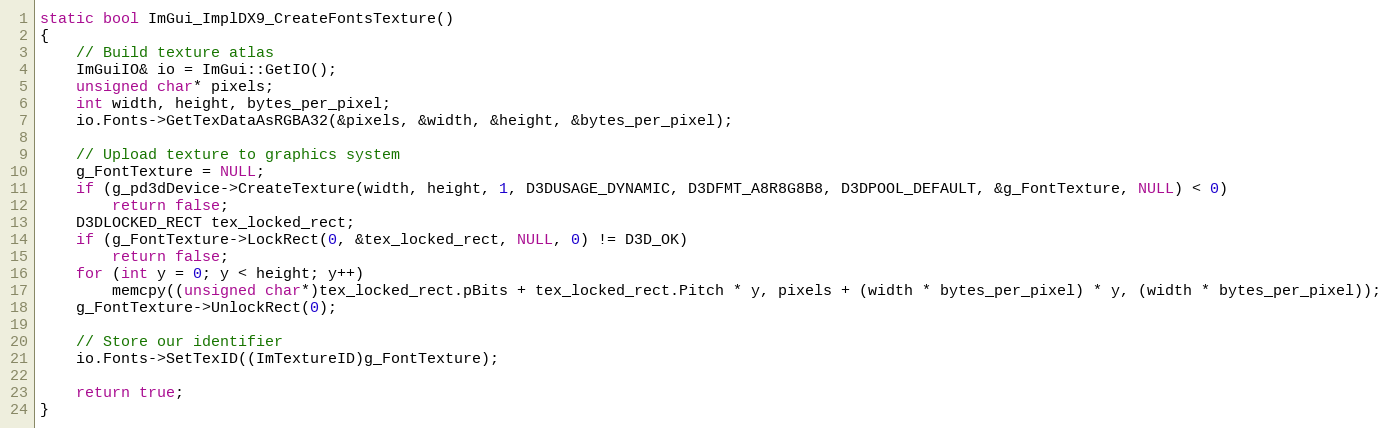
Language: C++
static bool ImGui_ImplDX9_CreateFontsTexture()
{
    // Build texture atlas
    ImGuiIO& io = ImGui::GetIO();
    unsigned char* pixels;
    int width, height, bytes_per_pixel;
    io.Fonts->GetTexDataAsRGBA32(&pixels, &width, &height, &bytes_per_pixel);

    // Upload texture to graphics system
    g_FontTexture = NULL;
    if (g_pd3dDevice->CreateTexture(width, height, 1, D3DUSAGE_DYNAMIC, D3DFMT_A8R8G8B8, D3DPOOL_DEFAULT, &g_FontTexture, NULL) < 0)
        return false;
    D3DLOCKED_RECT tex_locked_rect;
    if (g_FontTexture->LockRect(0, &tex_locked_rect, NULL, 0) != D3D_OK)
        return false;
    for (int y = 0; y < height; y++)
        memcpy((unsigned char*)tex_locked_rect.pBits + tex_locked_rect.Pitch * y, pixels + (width * bytes_per_pixel) * y, (width * bytes_per_pixel));
    g_FontTexture->UnlockRect(0);

    // Store our identifier
    io.Fonts->SetTexID((ImTextureID)g_FontTexture);

    return true;
}